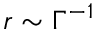
r \sim \Gamma ^ { - 1 }